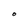
Character: O